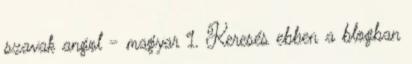
szavak angol - magyar 1. Keresés ebben a blogban